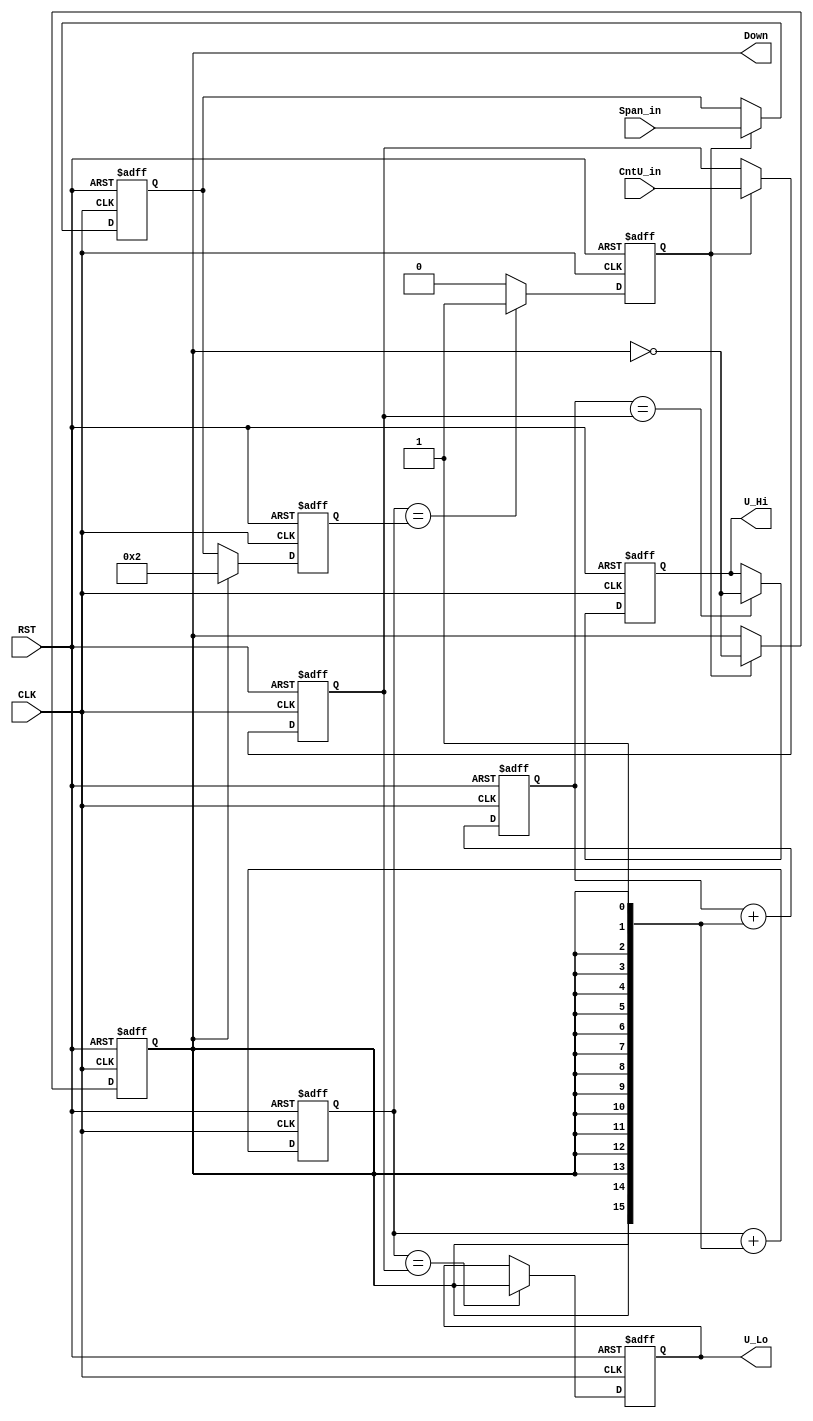
module PWM(
	input wire CLK,
	input wire RST,
	input wire[15:0] Span_in,
	input wire[15:0] CntU_in,
	output reg Down,	//0:up count,1:down count
	output reg U_Hi,
	output reg U_Lo
	);

	parameter Dead = 16'h00f0;

	reg[15:0] CarH;
	reg[15:0] CarL;
	reg[15:0] Span;		//(Dead+Span) must be < 16'hfffd
	reg[15:0] Comp;		//(Down)?16'h0001:Span;
	reg[15:0] CntU;
	reg Edge;			//(CarTop||CarBtm)

	always@( posedge RST, posedge CLK ) begin
		if( RST ) begin
			CarH <= Dead;
			CarL <= 16'h0000;
			Span <= 16'hff00;
			Comp <= 16'hffff;
			CntU <= 16'h0000;
			Down <= 1'b0;
			U_Hi <= 1'b0;
			U_Lo <= 1'b0;
			Edge <= 1'b0;
		end
		else begin	//CLK
			
			Edge <= ( CarL == Comp )?1'b1:1'b0;	//(CarTop||CarBtm)
			
			if( Edge ) begin
				CntU <= CntU_in;
				Span <= Span_in;
				Down <= !Down;
			end
			
			//Compare
			if( CarH == CntU ) U_Hi <= !Down;
			if( CarL == CntU ) U_Lo <=  Down;
			
			//Count
			CarH <= CarH + {{15{Down}},1'b1};
			CarL <= CarL + {{15{Down}},1'b1};

			Comp <= (Down)?16'h0002:Span;
			
		end
	end

endmodule